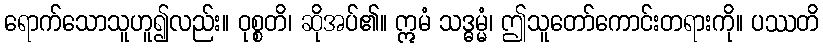
ရောက်သောသူဟူ၍လည်း။ ဝုစ္စတိ၊ ဆိုအပ်၏။ ဣမံ သဒ္ဓမ္မံ၊ ဤသူတော်ကောင်းတရားကို။ ပဿတိ